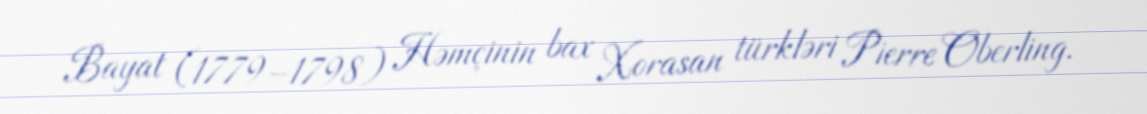
Bayat (1779–1798) Həmçinin bax Xorasan türkləri Pierre Oberling.